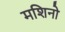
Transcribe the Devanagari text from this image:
मशिनो